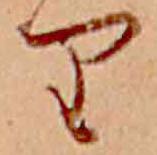
り